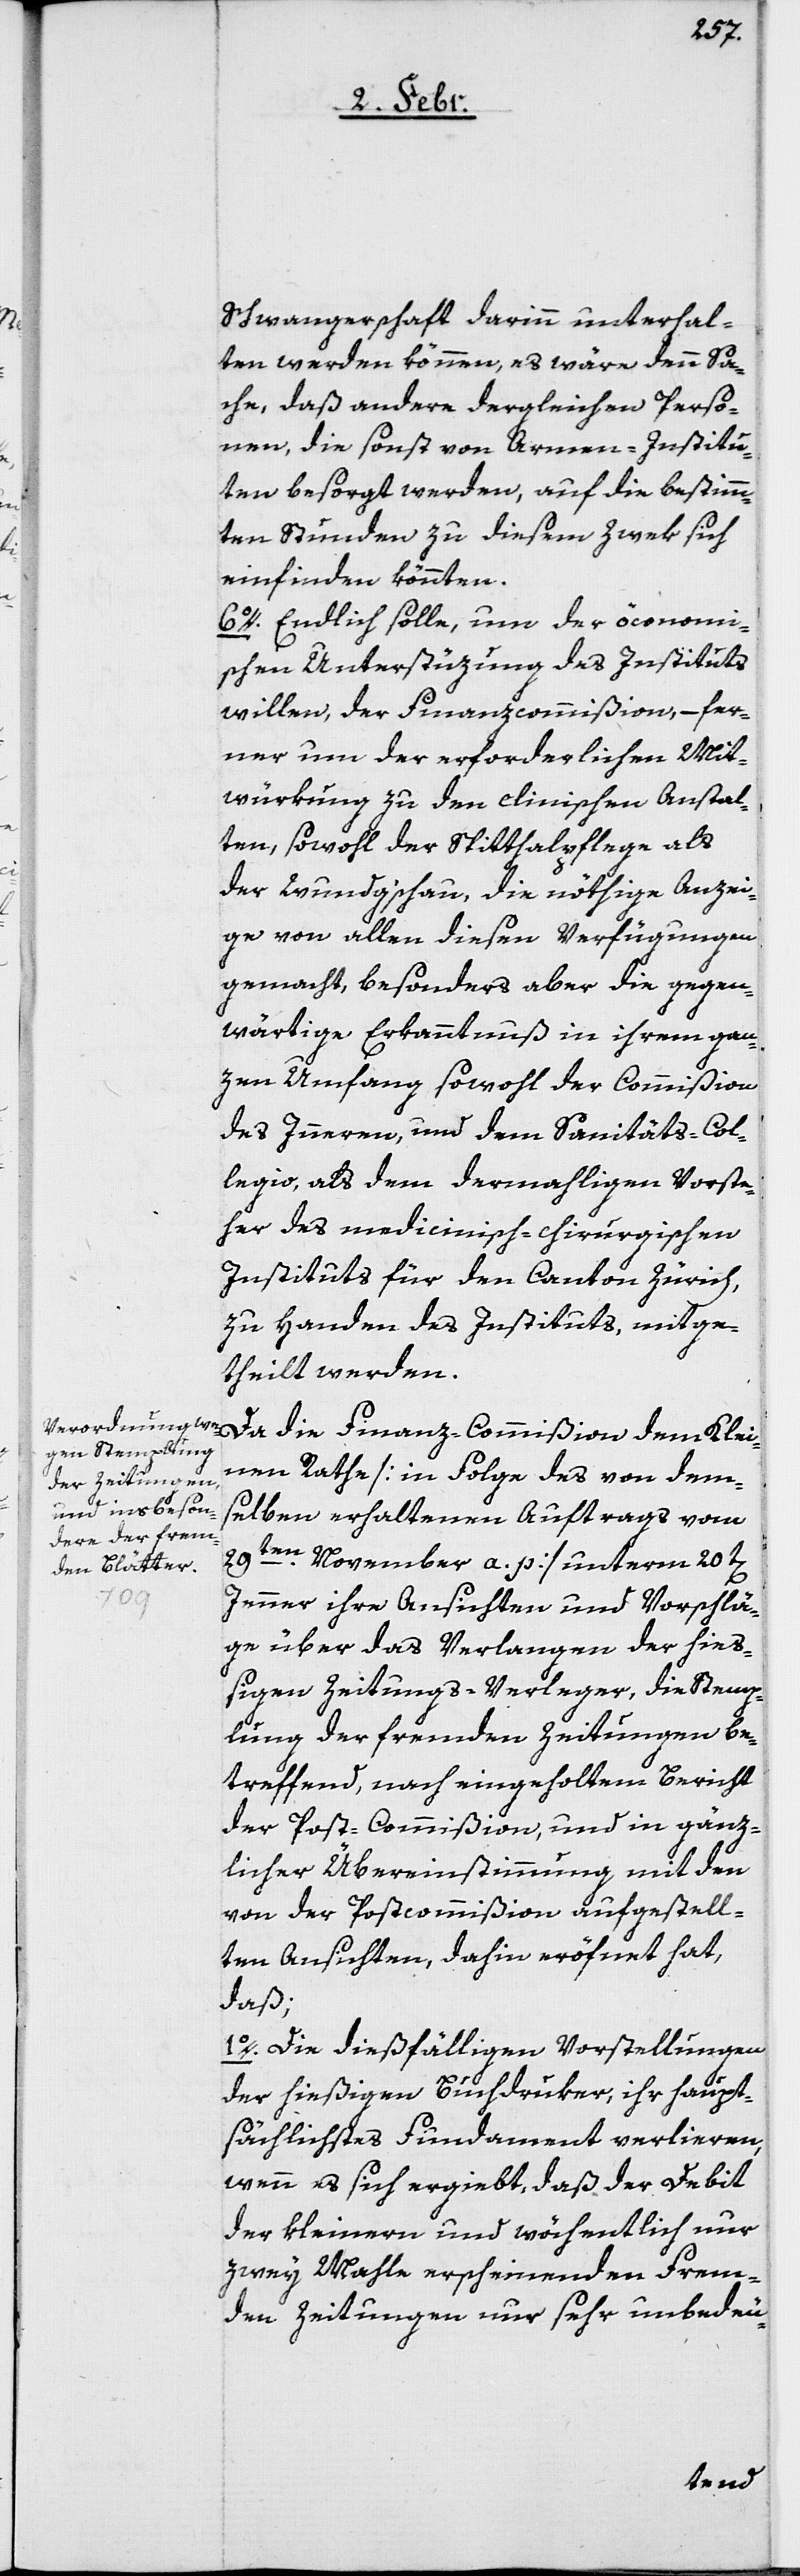
Schwangerschaft darinn unterhal¬
ten werden können, es wäre denn Sa¬
che, daß andere dergleichen Perso¬
nen, die sonst von Armen-Institu¬
ten besorgt werden, auf die bestimm¬
ten Stunden zu diesem Zwek sich
einfinden könnten.
6o. Endlich solle, um der öconomi¬
schen Unterstüzung des Instituts
willen, der Finanzcommißion, – fer¬
ner um der erforderlichen Mit¬
würkung zu den clinischen Anstal¬
ten, sowohl der Spitthalpflege als
der Wundg’schau, die nöthige Anzei¬
ge von allen diesen Verfügungen
gemacht, besonders aber die gegen¬
wärtige Erkanntnuß in ihrem gan¬
zen Umfang sowohl der Commißion
des Innern, und dem Sanitäts-Col¬
legio als dem dermahligen Vorste¬
her des medicinisch-chirurgischen
Instituts für den Canton Zürich,
zu Handen des Instituts, mitge¬
theilt werden.
Da die Finanz-Commißion dem Klei¬
nen Rathe [in Folge des von dem¬
selben erhaltenen Auftrags vom
29ten. November a. p.] unterm 20t[en].
Jenner ihre Ansichten und Vorschlä¬
ge über das Verlangen der hieß¬
igen Zeitungs-Verleger, die Stemp¬
lung der fremden Zeitungen be¬
treffend, nach eingeholtem Bericht
der Post-Commißion, und in gänz¬
licher Übereinstimmung mit den
von der Postcommißion aufgestell¬
ten Ansichten, dahin eröffnet hat,
daß;
1o. Die dießfälligen Vorstellungen
der hießigen Buchdruker, ihr haupt¬
sächlichstes Fundament verlieren,
wenn es sich ergiebt, daß der Debit
der kleinern und wöchentlich nur
zwei Mahle erscheinenden Frem¬
den Zeitungen nur sehr unbedeu-